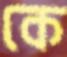
কে